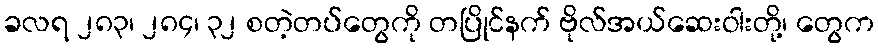
ခလရ ၂၈၃၊ ၂၈၄၊ ၃၂ စတဲ့တပ်တွေကို တပြိုင်နက် ဗိုလ်အယ်ဆေးဝါးတို့၊ တွေက